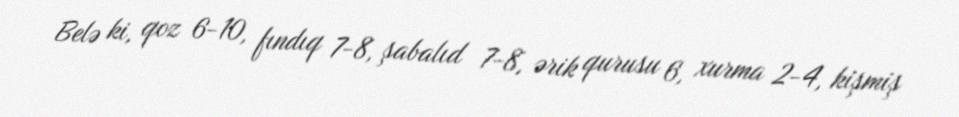
Belə ki, qoz 6-10, fındıq 7-8, şabalıd 7-8, ərik qurusu 6, xurma 2-4, kişmiş